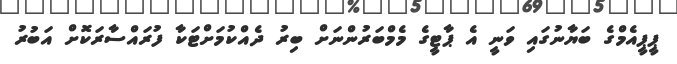
ޕީޕީއެމްގެ ބަޔާނުގައި ވަނީ އެ ޕާޓީގެ މެމްބަރުންނަށް ބިރު ދެއްކުމަށްޓަކާ ފުރައްސާރަކޮށް އަބުރު